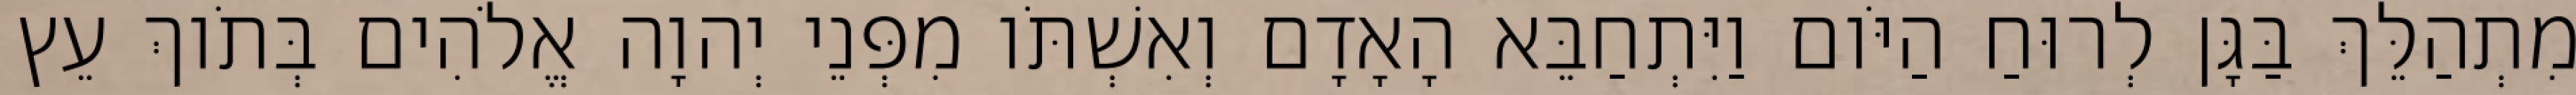
מִתְהַלֵּךְ בַּגָּן לְרוּחַ הַיֹּום וַיִּתְחַבֵּא הָאָדָם וְאִשְׁתֹּו מִפְּנֵי יְהוָה אֱלֹהִים בְּתֹוךְ עֵץ